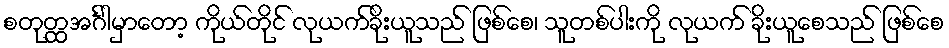
စတုတ္ထအင်္ဂါမှာတော့ ကိုယ်တိုင် လုယက်ခိုးယူသည် ဖြစ်စေ၊ သူတစ်ပါးကို လုယက် ခိုးယူစေသည် ဖြစ်စေ